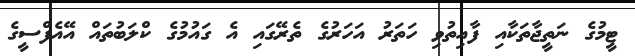
ޓީމުގެ ނަތީޖާތަކާއި ފާއިތުވި ހަތަރު އަހަރުގެ ތެރޭގައި އެ ގައުމުގެ ކްލަބުތައް އޭއެފްސީގެ